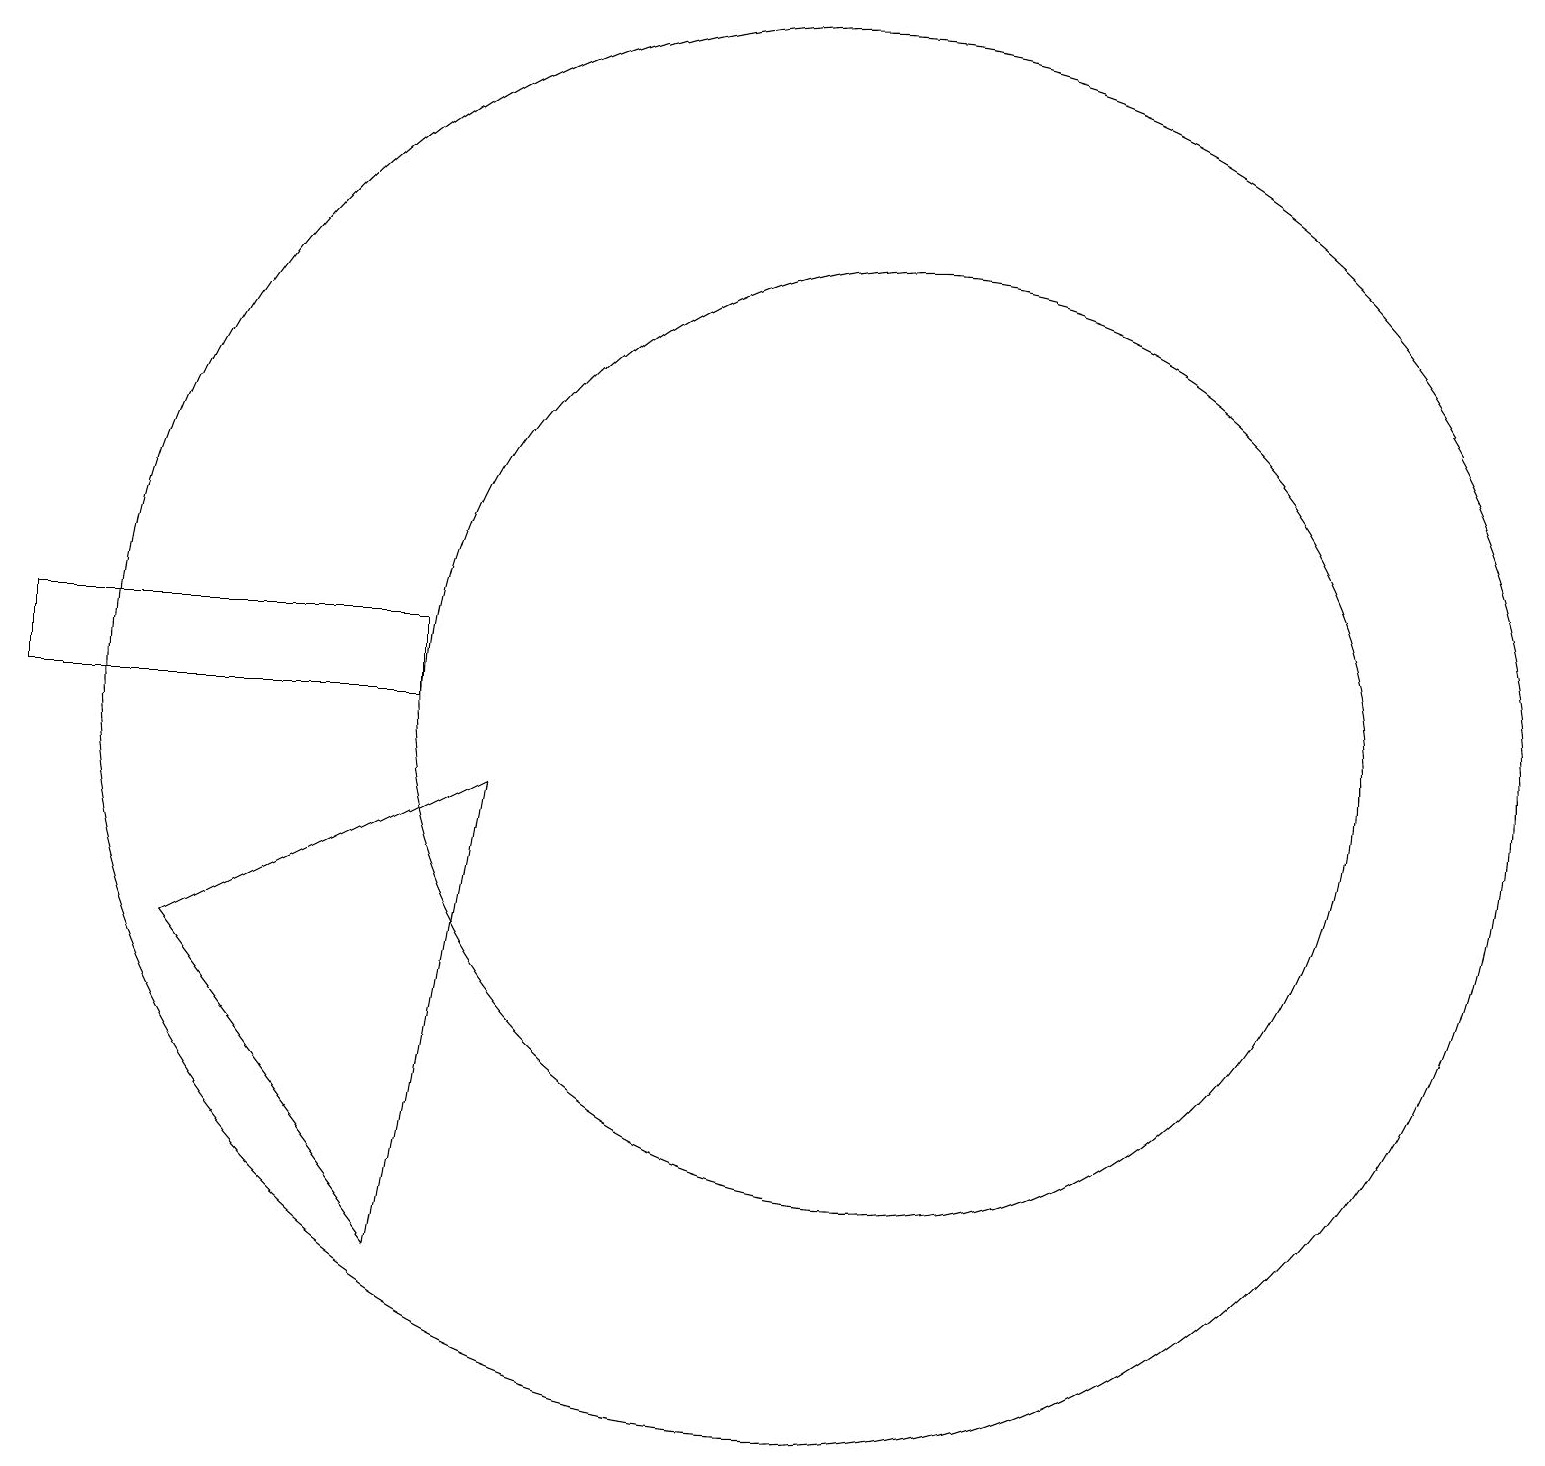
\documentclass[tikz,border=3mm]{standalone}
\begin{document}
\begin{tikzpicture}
\draw (12,10) circle (6);
\draw (6,3) -- (7,9) -- (3,7) -- cycle;
\draw (1,10) rectangle (6,11);
\draw (11,10) circle (9);
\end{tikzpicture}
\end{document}